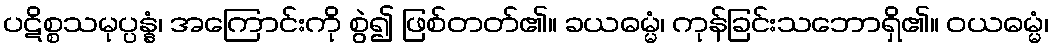
ပဋိစ္စသမုပ္ပန္နံ၊ အကြောင်းကို စွဲ၍ ဖြစ်တတ်၏။ ခယဓမ္မံ၊ ကုန်ခြင်းသဘောရှိ၏။ ဝယဓမ္မံ၊